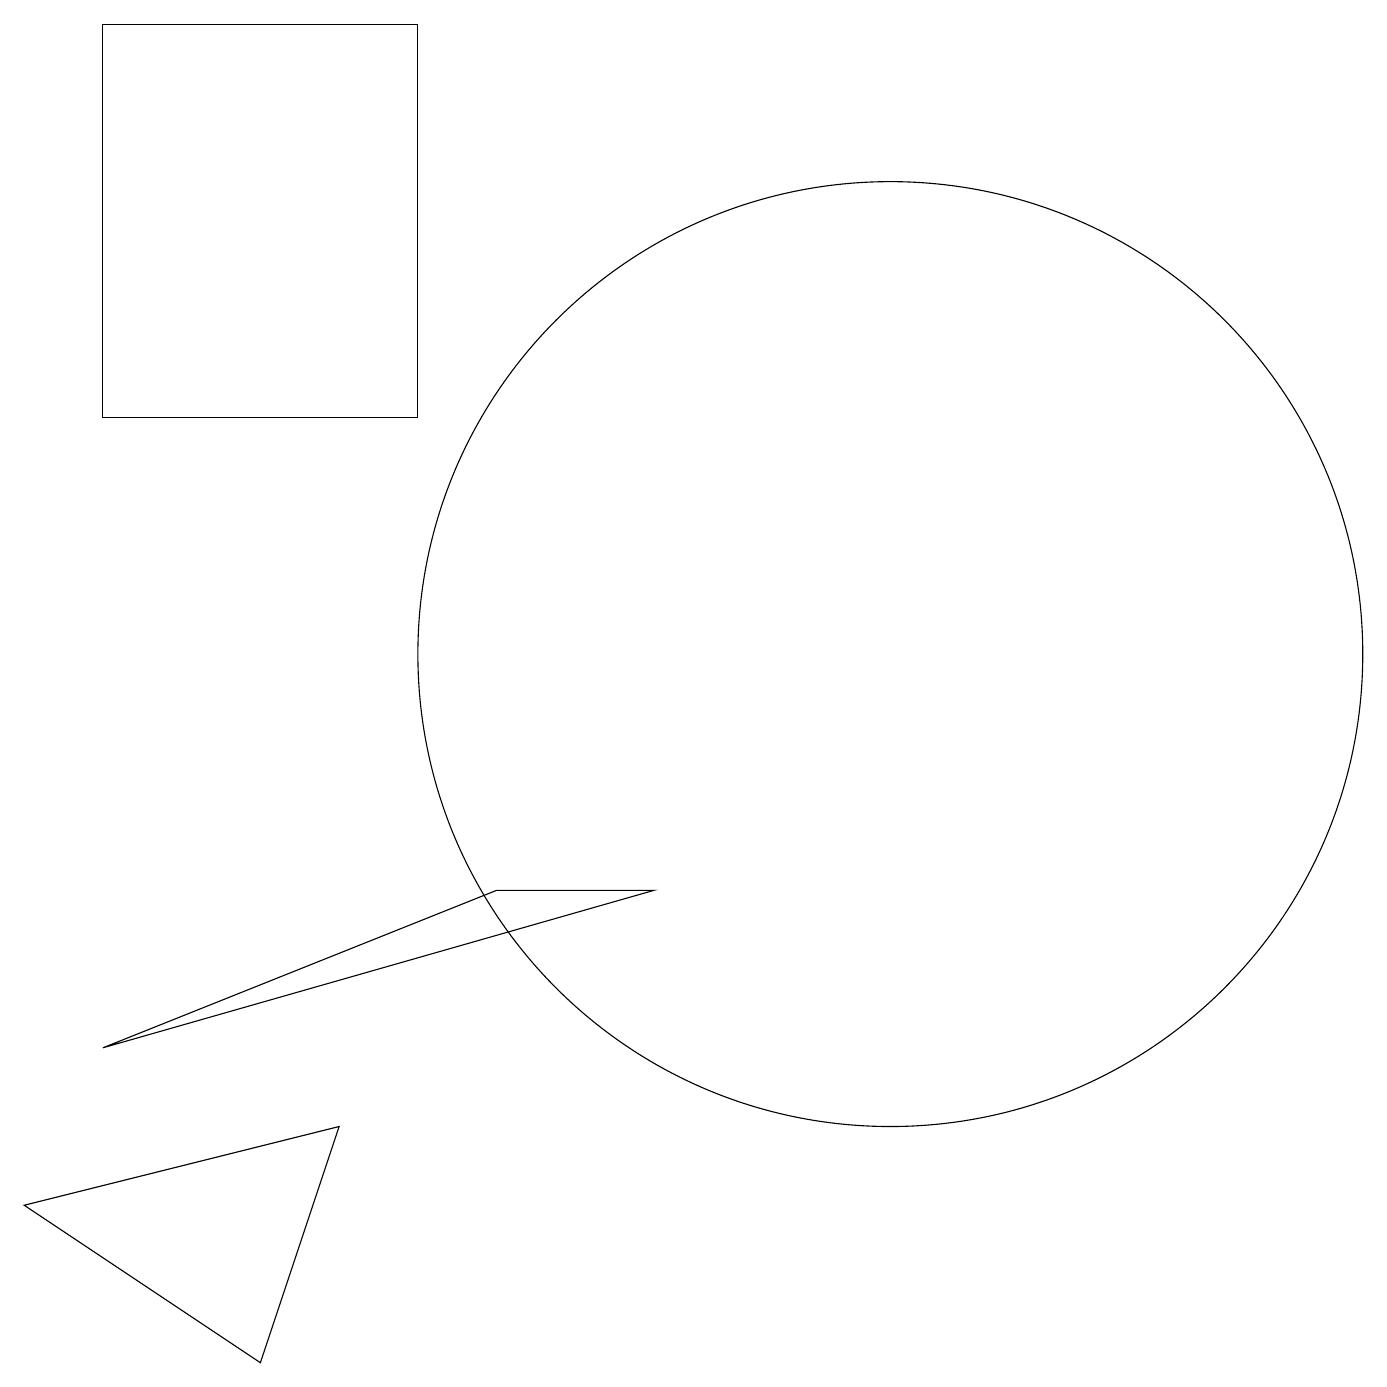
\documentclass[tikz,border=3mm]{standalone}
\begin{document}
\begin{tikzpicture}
\draw (12,10) circle (6);
\draw (6,13) rectangle (2,18);
\draw (2,5) -- (9,7) -- (7,7) -- cycle;
\draw (1,3) -- (5,4) -- (4,1) -- cycle;
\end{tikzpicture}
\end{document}